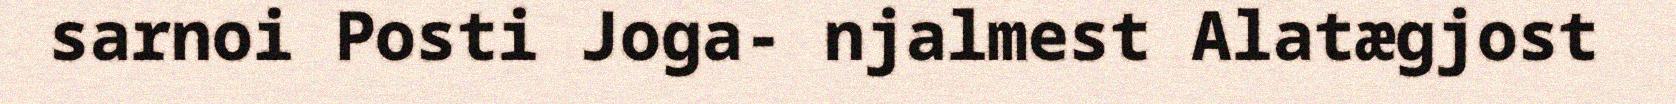
sarnoi Posti Joga- njalmest Alatægjost